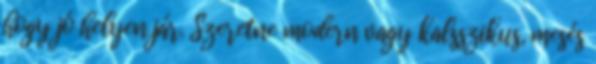
hogy jó helyen jár. Szeretne modern vagy kalsszikus, mesés